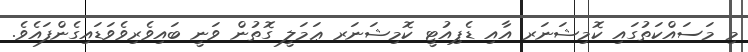
މި މަސައްކަތުގައި ކޮމިޝަނަރ އާއި ޑެޕިއުޓީ ކޮމިޝަނަރ ޢަމަލީ ގޮތުން ވަނީ ބައިވެރިވެވަޑައިގެންފައެވެ.